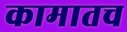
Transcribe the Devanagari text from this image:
कामातच